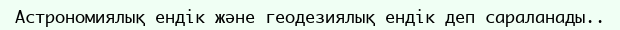
Астрономиялық ендік және геодезиялық ендік деп сараланады..